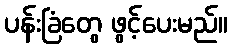
ပန်းခြံတွေ ဖွင့်ပေးမည်။